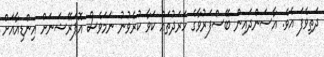
ދަތިވެފަ އެވެ. އާސަންދައިން ބޭސްފަރުވާގެ ހަރަދުތައް ކަވާ ކުރެވުނު ނަމަވެސް އޮޕަރޭޝަނަށް އިންޑިއާއަށް